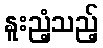
နူးညံ့သည့်